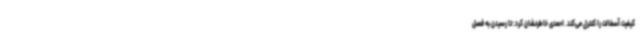
کیفیت آسفالت را کنترل می‌کند. احمدی خاطرنشان کرد: تا رسیدن به فصل